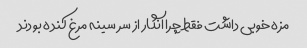
مزه خوبی داشت فقط چرا انگار از سر سینه مرغ کنده بودند